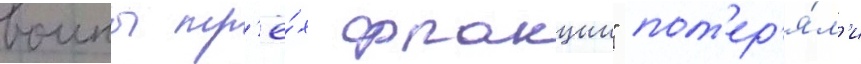
воины тр'ё́х фракции" пот'ер'я́л'и